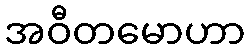
အဝီတမောဟာ